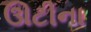
ઊટીના